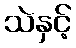
သဲနှင့်